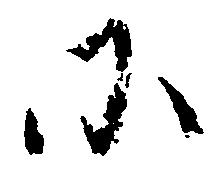
に